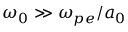
\omega _ { 0 } \gg \omega _ { p e } / a _ { 0 }